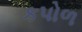
કપોળ